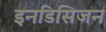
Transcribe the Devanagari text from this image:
इनडिसिजन